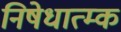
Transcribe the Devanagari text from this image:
निषेधात्म्क